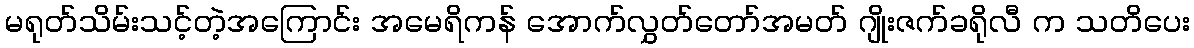
မရုတ်သိမ်းသင့်တဲ့အကြောင်း အမေရိကန် အောက်လွှတ်တော်အမတ် ဂျိုးဇက်ခရိုလီ က သတိပေး